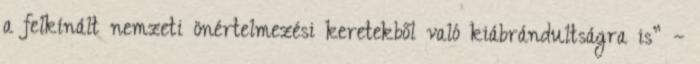
a felkínált nemzeti önértelmezési keretekből való kiábrándultságra is” –